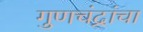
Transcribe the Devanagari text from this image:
गुणचंद्रांचा